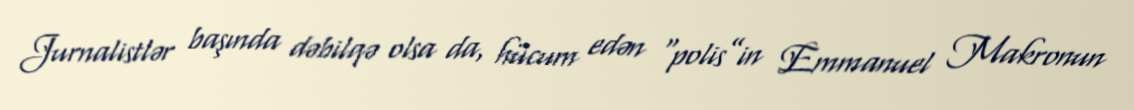
Jurnalistlər başında dəbilqə olsa da, hücum edən “polis”in Emmanuel Makronun